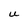
Character: U